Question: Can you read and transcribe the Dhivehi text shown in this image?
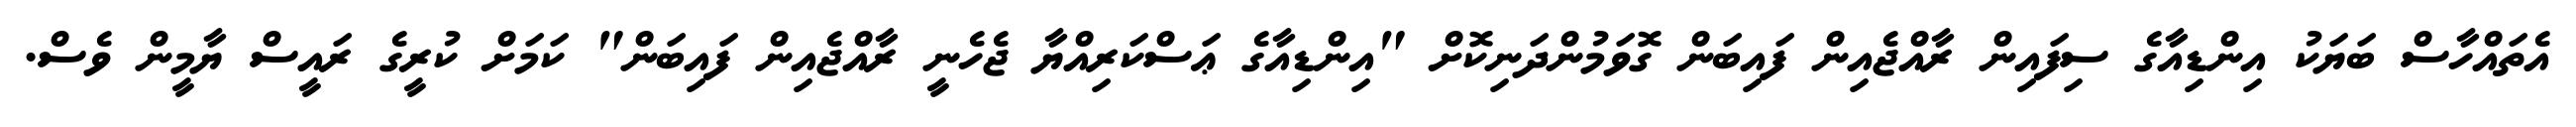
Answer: އެތައްހާސް ބަޔަކު އިންޑިއާގެ ސިފައިން ރާއްޖެއިން ފައިބަން ގޮވަމުންދަނިކޮށް "އިންޑިއާގެ ޢަސްކަރިއްޔާ ޖެހެނީ ރާއްޖެއިން ފައިބަން" ކަމަށް ކުރީގެ ރައީސް ޔާމީން ވެސް.